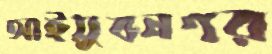
আইয়ুবনগর